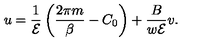
u = \frac { 1 } { { \cal E } } \left( \frac { 2 \pi m } { \beta } - C _ { 0 } \right) + \frac { B } { w { \cal E } } v .